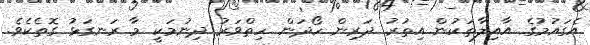
އެގައުމުގެ އާއިލާތަކުން އިތުރު ދަރިން ހޯދަން ހިތްވަރު ދިނުމަކީ މާ ރަނގަޅު ގޮތެކެވެ.